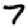
Digit: 7